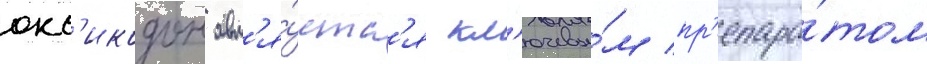
окс'икодон явл'я́етс'я кл'ючевы́м пр'епара́том